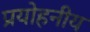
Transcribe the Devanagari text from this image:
प्रयोहनीय